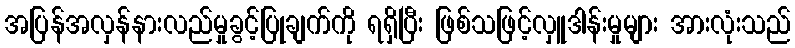
အပြန်အလှန်နားလည်မှုခွင့်ပြုချက်ကို ရရှိပြီး ဖြစ်သဖြင့်လှူဒါန်းမှုများ အားလုံးသည်